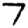
Digit: 7